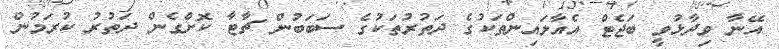
އޭނާ ވިދާޅުވީ ބަޖެޓް އެއާލައިންތަކުގެ ދަތުރުތަކުގެ ސަބަބުން ޗާޓާ ކޮށްގެން ދަތުރު ކުރަމުން